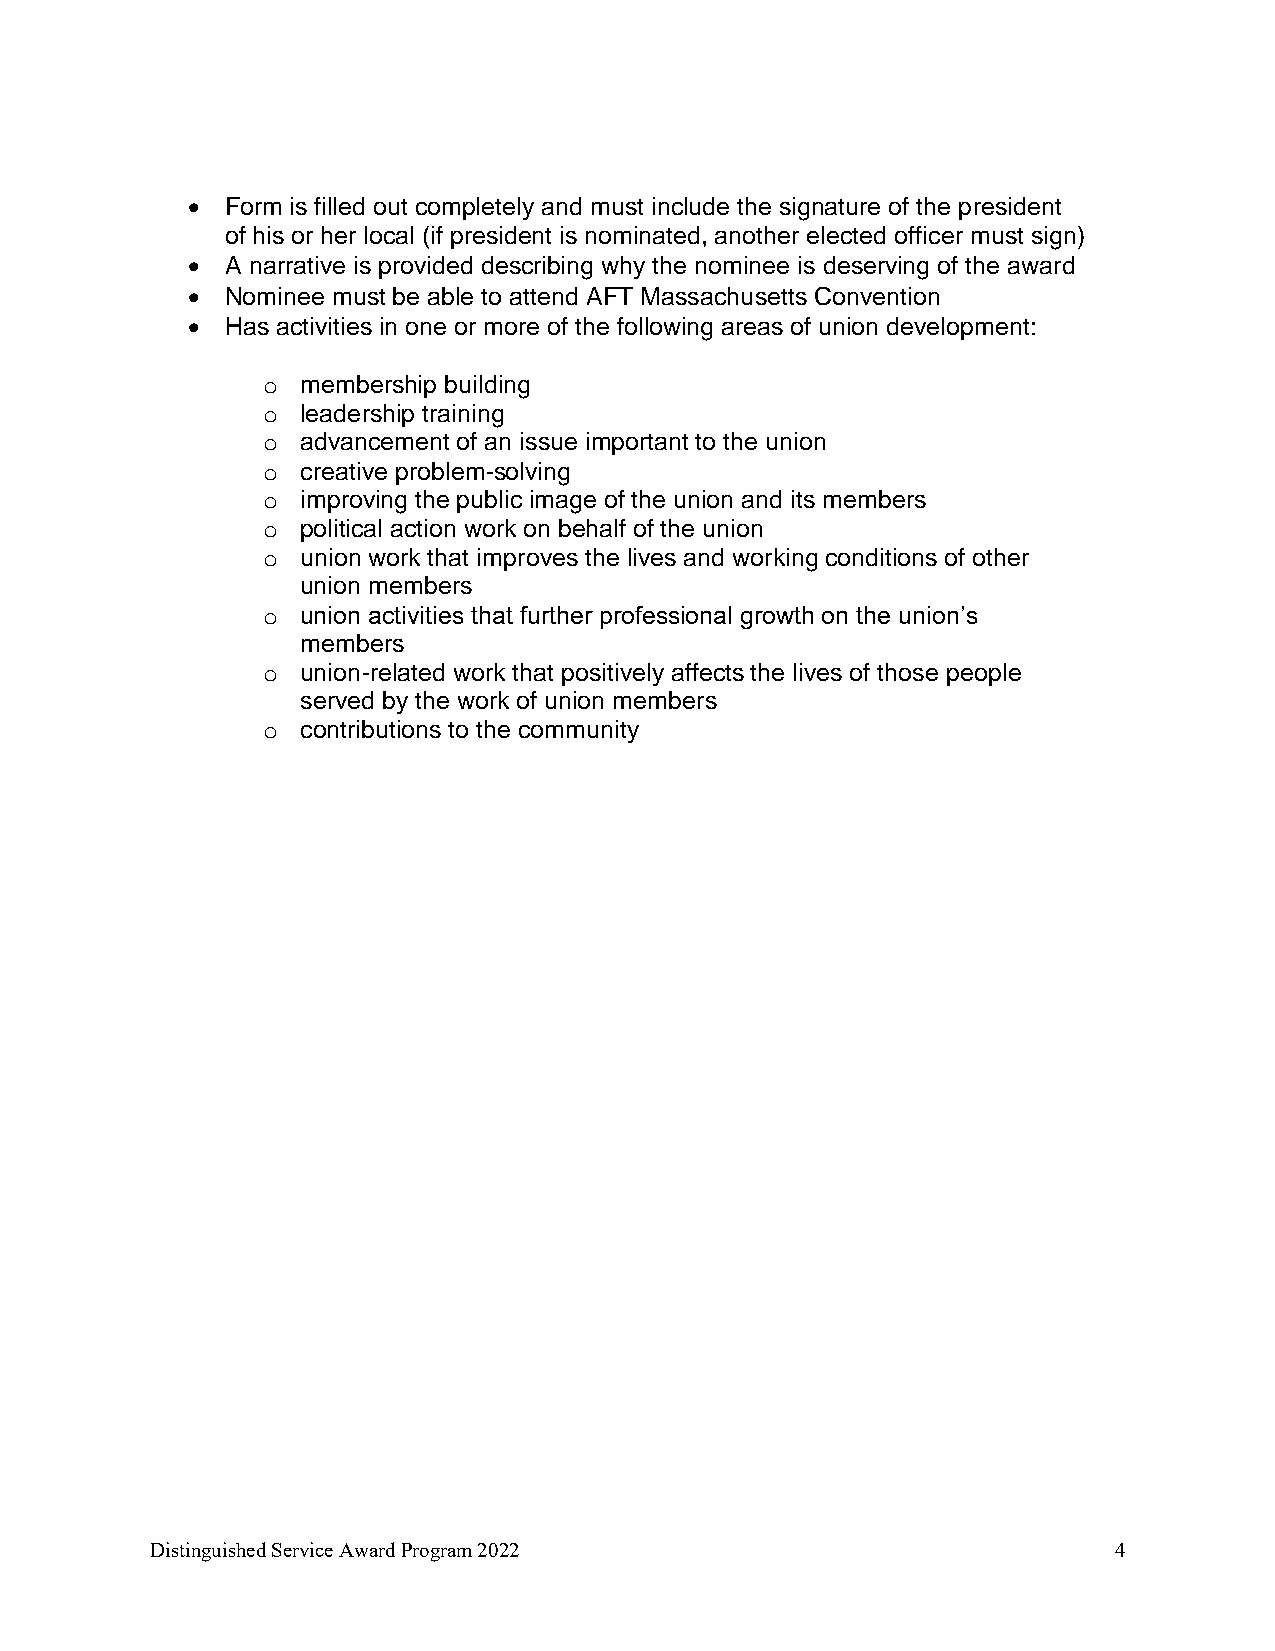
•  Form is filled out completely and must include the signature of the president
 of his or her local (if president is nominated, another elected officer must sign)
 •  A narrative is provided describing why the nominee is deserving of the award
 •  Nominee must be able to attend AFT Massachusetts Convention
 •  Has activities in one or more of the following areas of union development:
 o  membership building
 o  leadership training
 o  advancement of an issue important to the union
 o  creative problem-solving
 o  improving the public image of the union and its members
 o  political action work on behalf of the union
 o  union work that improves the lives and working conditions of other
 union members
 o  union activities that further professional growth on the union’s
 members
 o  union-related work that positively affects the lives of those people
 served by the work of union members
 o  contributions to the community
 Distinguished Service Award Program 2022                        4